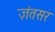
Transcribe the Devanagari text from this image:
ज़ंतसर